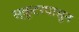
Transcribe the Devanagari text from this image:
स्कूटरपासून